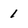
Character: 1